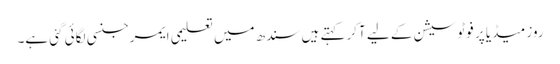
روز میڈیا پر فوٹو سیشن کے لیے آکر کہتے ہیں سندھ میں تعلیمی ایمرجنسی لگائی گئی ہے۔